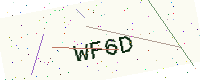
Text: WF6D